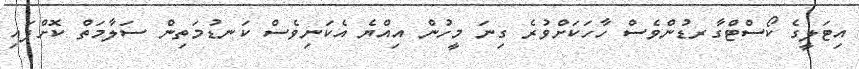
އިޓަލީގެ ކޯސްޓްގާރޑުންވެސް ހާހަކަށްވުރެ ގިނަ މީހުން އިއްޔެ އެކަނިވެސް ކަނޑުމަތިން ސަލާމަތް ކޮށްފައި